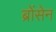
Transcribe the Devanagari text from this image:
ब्रोंसेन